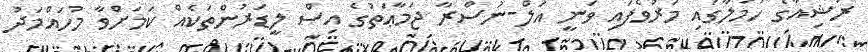
ރަަޝިއާގެ ހަމަލާގައި މަރުވެފައި ވަނީ އަލް-ނުސްރާ ޖަމާޢަތުގެ އިސް ލީޑަރުންތަކެއް ކަމަށްވާ މުހައްމަދު